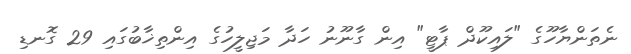
ނެތަންޔާހޫގެ "ލައިކޫދް ޕާޓީ" އިން ގާނޫނު ހަދާ މަޖިލީހުގެ އިންތިޚާބުގައި 29 ގޮނޑި